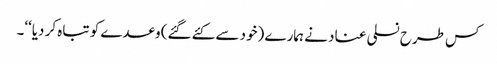
کس طرح نسلی عناد نے ہمارے (خود سے کئے گئے) وعدے کو تباہ کر دیا‘‘۔